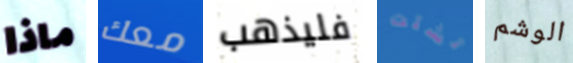
ماذا معك فليذهب تشتت الوشم